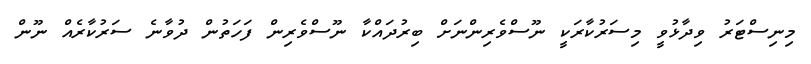
މިނިސްޓަރު ވިދާޅުވީ މިސަރުކާރަކީ ނޫސްވެރިންނަށް ބިރުދައްކާ ނޫސްވެރިން ފަހަތުން ދުވާނެ ސަރުކާރެއް ނޫން